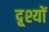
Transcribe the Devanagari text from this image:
दृ्श्यों